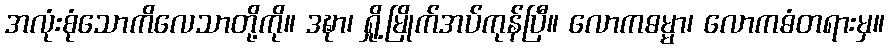
အလုံးစုံသောကိလေသာတို့ကို။ ဒဍ္ဎာ၊ ရှို့မြိုက်အပ်ကုန်ပြီ။ လောကဓမ္မာ၊ လောကဓံတရားမှ။